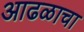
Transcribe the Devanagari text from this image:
आढळाचा